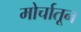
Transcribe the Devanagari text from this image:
मोर्चातून